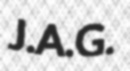
J.A.G.